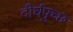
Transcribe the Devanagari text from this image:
दीर्घपुच्छ